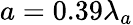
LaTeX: a=0.39\lambda_{a}